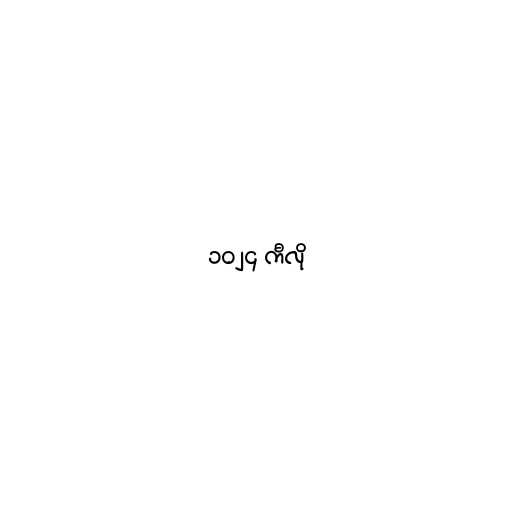
၁၀၂၄ ကီလို